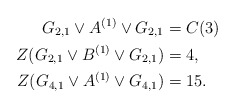
\begin{align*} G_{2,1}\vee A^{(1)} \vee G_{2,1}&=C(3)\\ Z(G_{2,1}\vee B^{(1)} \vee G_{2,1})&=4,\\ Z(G_{4,1}\vee A^{(1)}\vee G_{4,1})&= 15. \end{align*}